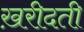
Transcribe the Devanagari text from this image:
ख़रीदती